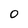
Character: 0